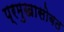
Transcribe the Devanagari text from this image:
प्रमुखासोबत